Indian journal of veterinary science and animal husbandry - Volumes 18-21, 1948-1951
Year: 1948
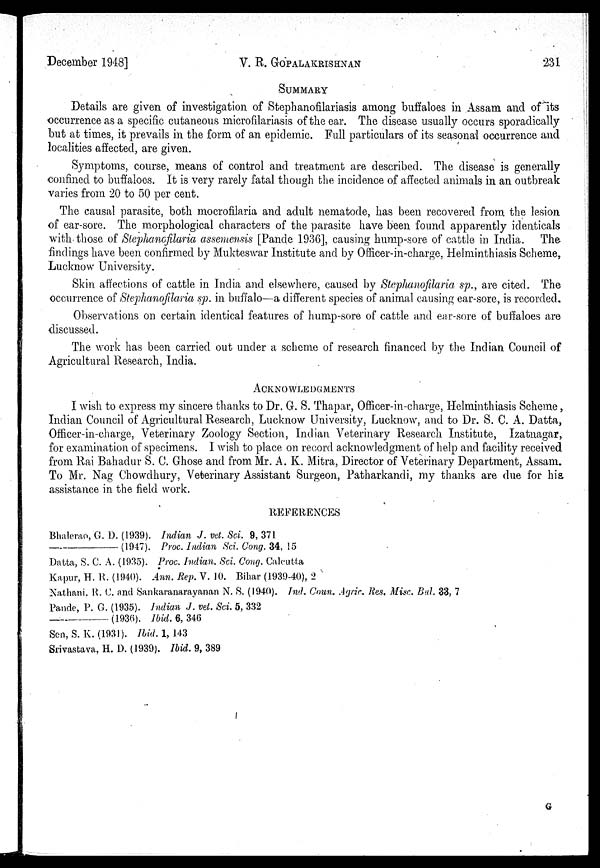
December 1948]
V. R.
GOPALAKRISHNAN
231
SUMMARY
Details are given of investigation of Stephanofilariasis among buffaloes in Assam and of its
occurrence as a specific cutaneous microfilariasis of the ear. The disease usually occurs sporadically
but at times, it prevails in the form of an epidemic. Full particulars of its seasonal occurrence and
localities affected, are given.
Symptoms, course, means of control and treatment are described. The disease is generally
confined to buffaloes. It is very rarely fatal though the incidence of affected animals in an outbreak
varies from 20 to 50 per cent.
The causal parasite, both mocrofilaria and adult nematode, has been recovered from the lesion
of ear-sore. The morphological characters of the parasite have been found apparently identicals
with those of Stephanofilaria assemensis [Pande 1936], causing hump-sore of cattle in India. The
findings have been confirmed by Mukteswar Institute and by Officer-in-charge, Helminthiasis Scheme,
Lucknow University.
Skin affections of cattle in India and elsewhere, caused by Stephanofilaria sp., are cited. The
occurrence of Stephanofilaria sp. in buffalo—a different species of animal causing ear-sore, is recorded.
Observations on certain identical features of hump-sore of cattle and ear-sore of buffaloes are
discussed.
The work has been carried out under a scheme of research financed by the Indian Council of
Agricultural Research, India.
ACKNOWLEDGMENTS
I wish to express my sincere thanks to Dr. G. S. Thapar, Officer-in-charge, Helminthiasis Scheme,
Indian Council of Agricultural Research, Lucknow University, Lucknow, and to Dr. S. C. A. Datta,
Officer-in-charge, Veterinary Zoology Section, Indian Veterinary Research Institute, Izatnagar,
for examination of specimens. I wish to place on record acknowledgment of help and facility received
from Rai Bahadur S. C. Ghose and from Mr. A. K. Mitra, Director of Veterinary Department, Assam.
To Mr. Nag Chowdhury, Veterinary Assistant Surgeon, Patharkandi, my thanks are due for his
assistance in the field work.
REFERENCES
Bhalerao, G. D. (1939). Indian J. vet. Sci. 9, 371
——(1947).
Proc. Indian Sci. Cong. 34, 15
Datta, S. C. A. (1935). Proc. Indian. Sci. Cong. Calcutta
Kapur, H. R. (1940). Ann. Rep. V. 10. Bihar (1939-40), 2
Nathani, R. C. and Sankaranarayanan N. S. (1940). Ind. Coun. Agric. Res. Misc. Bul. 33, 7
Pande, P. G. (1935). Indian J. vet. Sci. 5, 332
——(1936).
Ibid. 6, 346
Sen, S. K. (1931). Ibid. 1, 143
Srivastava, H. D. (1939). Ibid. 9, 389
G